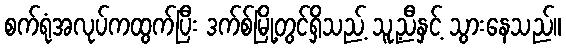
စက်ရုံအလုပ်ကထွက်ပြီး ဒက်စ်မြို့တွင်ရှိသည့် သူ့ညီနှင့် သွားနေသည်။